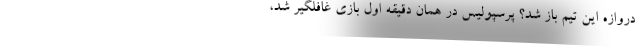
دروازه این تیم باز شد؟ پرسپولیس در همان دقیقه اول بازی غافلگیر شد،